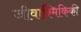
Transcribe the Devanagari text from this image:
जीवाश्मिकिकी